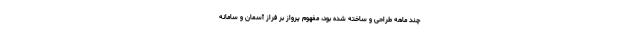
چند ماهه طراحی و ساخته شده بود، مفهوم پرواز بر فراز آسمان و سامانه